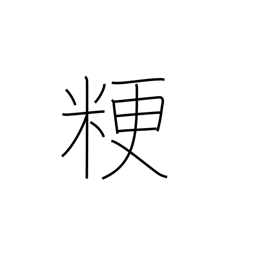
Meaning: ordinary rice